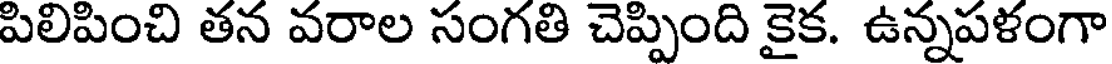
పిలిపించి తన వరాల సంగతి చెప్పింది కైక. ఉన్నపళంగా